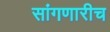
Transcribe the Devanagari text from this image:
सांगणारीच